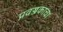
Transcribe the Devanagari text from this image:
प्रवज्जकाचा